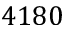
4 1 8 0